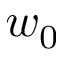
w _ { 0 }